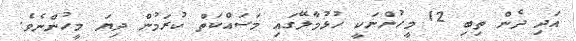
އަދި ދެން ތިބި 12 މީހުންނަކީ ހުޅުމާލޭގައި މަސައްކަތް ކުރަމުން ދިޔަ މީހުންނެވެ.